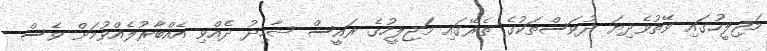
މަޖިލީހުގައި ވޭތުވެދިޔަ ދުވަސްތަކުގެ ތެރޭގައި މަޖިލީހުގެ ރައީސް ޝާހިދު ދެއްވި އެއްބާރުލެއްވުމަށް ވެސް